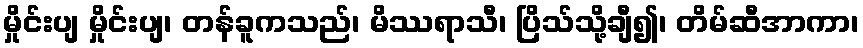
မှိုင်းပျ မှိုင်းပျ၊ တန်ခူကသည်၊ မိဿရာသီ၊ ပြိသ်သို့ချီ၍၊ တိမ်ဆီအာကာ၊